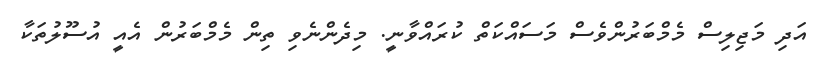
އަދި މަޖިލިސް މެމްބަރުންވެސް މަސައްކަތް ކުރައްވާނީ. މިދެންނެވި ތިން މެމްބަރުން އެއީ އުސޫލުތަކާ